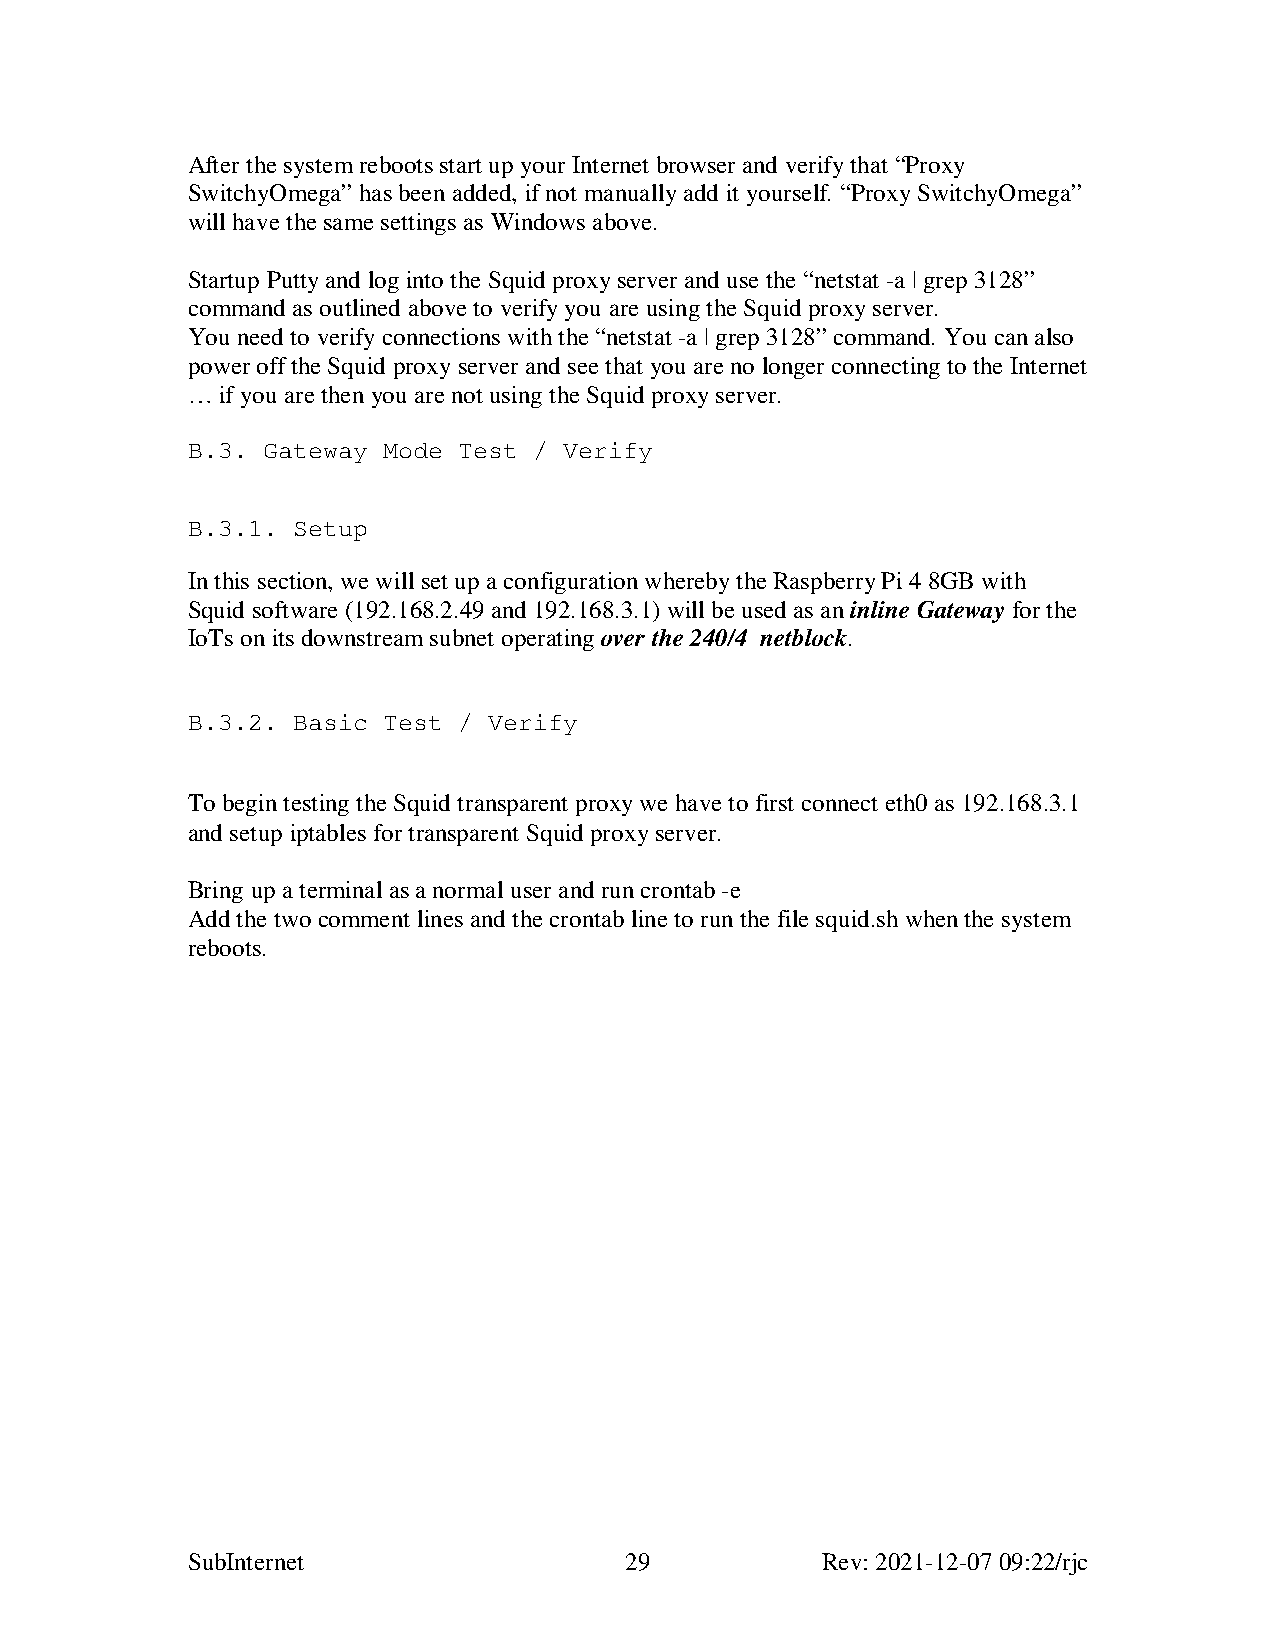
After the system reboots start up your Internet browser and verify that “Proxy
 SwitchyOmega” has been added, if not manually add it yourself. “Proxy SwitchyOmega”
 will have the same settings as Windows above.
 Startup Putty and log into the Squid proxy server and use the “netstat -a | grep 3128”
 command as outlined above to verify you are using the Squid proxy server.
 You need to verify connections with the “netstat -a | grep 3128” command. You can also
 power off the Squid proxy server and see that you are no longer connecting to the Internet
 … if you are then you are not using the Squid proxy server.
 B.3. Gateway Mode Test / Verify
 B.3.1. Setup
 In this section, we will set up a configuration whereby the Raspberry Pi 4 8GB with
 Squid software (192.168.2.49 and 192.168.3.1) will be used as an inline Gateway for the
 IoTs on its downstream subnet operating over the 240/4 netblock.
 B.3.2. Basic Test / Verify
 To begin testing the Squid transparent proxy we have to first connect eth0 as 192.168.3.1
 and setup iptables for transparent Squid proxy server.
 Bring up a terminal as a normal user and run crontab -e
 Add the two comment lines and the crontab line to run the file squid.sh when the system
 reboots.
 SubInternet                  29           Rev: 2021-12-07 09:22/rjc